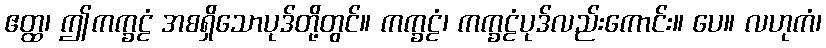
ဧတ္ထ၊ ဤကက္ခဠံ အစရှိသောပုဒ်တို့တွင်။ ကက္ခဠံ၊ ကက္ခဠံပုဒ်လည်းကောင်း။ ပေ။ လဟုကံ၊